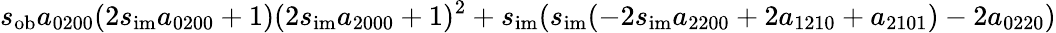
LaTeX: s_{\mathrm{ob}}a_{0200}(2s_{\mathrm{im}}a_{0200}+1)(2s_{\mathrm{im}}a_{2000}+1)^{2}+s_{\mathrm{im}}(s_{\mathrm{im}}(-2s_{\mathrm{im}}a_{2200}+2a_{1210}+a_{2101})-2a_{0220})